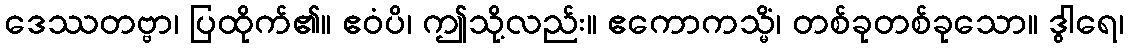
ဒေဿတဗ္ဗာ၊ ပြထိုက်၏။ ဧဝံပိ၊ ဤသို့လည်း။ ဧကောကသ္မိံ၊ တစ်ခုတစ်ခုသော။ ဒွါရေ၊